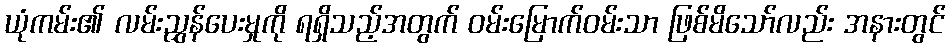
ယုံကမ်း၏ လမ်းညွှန်ပေးမှုကို ရရှိသည့်အတွက် ဝမ်းမြောက်ဝမ်းသာ ဖြစ်မိသော်လည်း အနားတွင်